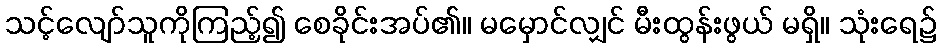
သင့်လျော်သူကိုကြည့်၍ စေခိုင်းအပ်၏။ မမှောင်လျှင် မီးထွန်းဖွယ် မရှိ။ သုံးရေ၌